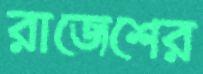
রাজেশের